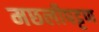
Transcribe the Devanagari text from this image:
मछलीपट्टण